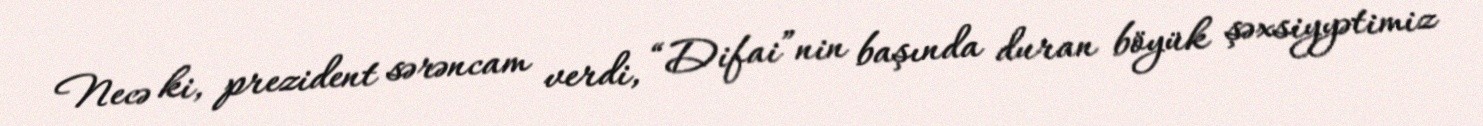
Necə ki, prezident sərəncam verdi, “Difai”nin başında duran böyük şəxsiyyətimiz